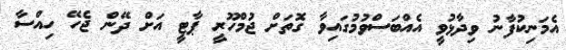
އެމަނިކުފާނު ވިދާޅުވީ އެއްބަސްވުމުގައިވާ ގޮތަށް ޖުމްހޫރީ ޕާޓީ އަށް ދޭން ޖެހޭ ހިއްސާ